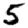
Digit: 5